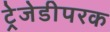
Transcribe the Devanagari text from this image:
ट्रेजेडीपरक